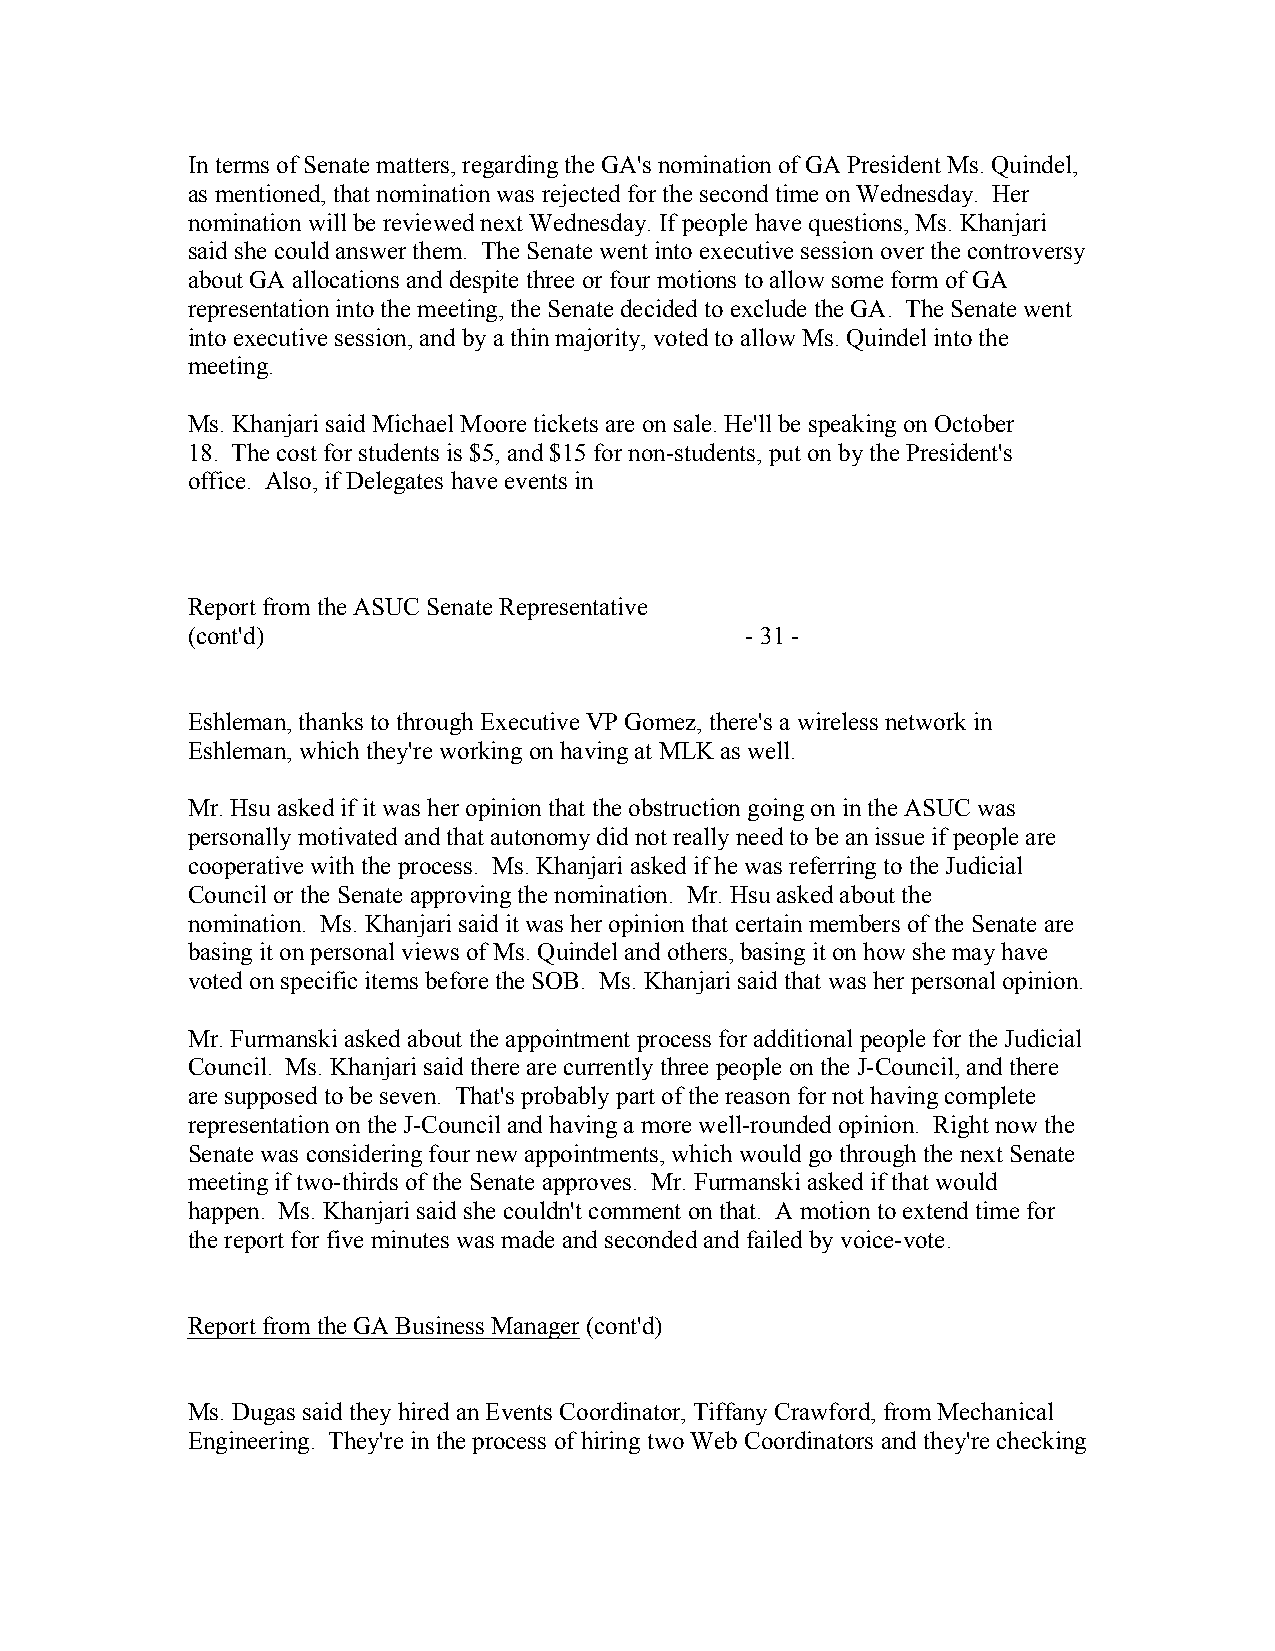
In terms of Senate matters, regarding the GA's nomination of GA President Ms. Quindel,
 as mentioned, that nomination was rejected for the second time on Wednesday. Her
 nomination will be reviewed next Wednesday. If people have questions, Ms. Khanjari
 said she could answer them. The Senate went into executive session over the controversy
 about GA allocations and despite three or four motions to allow some form of GA
 representation into the meeting, the Senate decided to exclude the GA. The Senate went
 into executive session, and by a thin majority, voted to allow Ms. Quindel into the
 meeting.
 Ms. Khanjari said Michael Moore tickets are on sale. He'll be speaking on October
 18. The cost for students is $5, and $15 for non-students, put on by the President's
 office. Also, if Delegates have events in
 Report from the ASUC Senate Representative
 (cont'd)                             - 31 -
 Eshleman, thanks to through Executive VP Gomez, there's a wireless network in
 Eshleman, which they're working on having at MLK as well.
 Mr. Hsu asked if it was her opinion that the obstruction going on in the ASUC was
 personally motivated and that autonomy did not really need to be an issue if people are
 cooperative with the process. Ms. Khanjari asked if he was referring to the Judicial
 Council or the Senate approving the nomination. Mr. Hsu asked about the
 nomination. Ms. Khanjari said it was her opinion that certain members of the Senate are
 basing it on personal views of Ms. Quindel and others, basing it on how she may have
 voted on specific items before the SOB. Ms. Khanjari said that was her personal opinion.
 Mr. Furmanski asked about the appointment process for additional people for the Judicial
 Council. Ms. Khanjari said there are currently three people on the J-Council, and there
 are supposed to be seven. That's probably part of the reason for not having complete
 representation on the J-Council and having a more well-rounded opinion. Right now the
 Senate was considering four new appointments, which would go through the next Senate
 meeting if two-thirds of the Senate approves. Mr. Furmanski asked if that would
 happen. Ms. Khanjari said she couldn't comment on that. A motion to extend time for
 the report for five minutes was made and seconded and failed by voice-vote.
 Report from the GA Business Manager (cont'd)
 Ms. Dugas said they hired an Events Coordinator, Tiffany Crawford, from Mechanical
 Engineering. They're in the process of hiring two Web Coordinators and they're checking